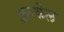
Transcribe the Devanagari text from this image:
कुन्केल